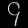
Digit: ၄